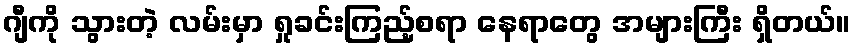
ဂျီကို သွားတဲ့ လမ်းမှာ ရှုခင်းကြည့်စရာ နေရာတွေ အများကြီး ရှိတယ်။